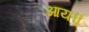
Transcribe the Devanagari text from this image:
आय॥